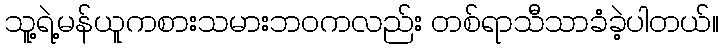
သူ့ရဲ့မန်ယူကစားသမားဘဝကလည်း တစ်ရာသီသာခံခဲ့ပါတယ်။